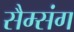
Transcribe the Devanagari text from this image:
सैम्संग